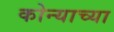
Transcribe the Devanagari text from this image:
कोन्याच्या